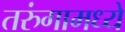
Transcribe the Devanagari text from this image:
तरुंगामध्ये